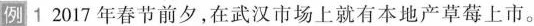
例1 2017年春节前夕，在武汉市场上就有本地产草莓上市。